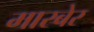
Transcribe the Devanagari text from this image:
मारबेर